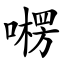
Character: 㘄